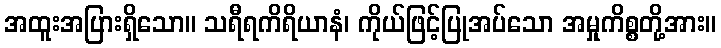
အထူးအပြားရှိသော။ သရီရကိရိယာနံ၊ ကိုယ်ဖြင့်ပြုအပ်သော အမှုကိစ္စတို့အား။